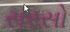
સરસો